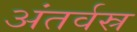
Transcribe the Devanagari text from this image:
अंतर्वस्र